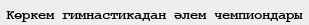
Көркем гимнастикадан әлем чемпиондары